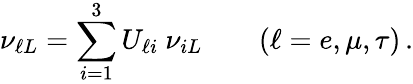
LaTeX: \nu_{\ell L}=\sum_{i=1}^{3}U_{\ell i}\ \nu_{iL}\qquad(\ell=e,\mu,\tau)\, .